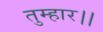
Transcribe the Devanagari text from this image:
तुम्‍हार।।